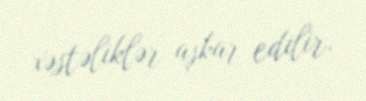
xəstəliklər aşkar edilir.